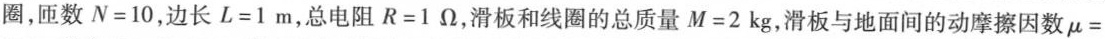
圈，匝数$$N=10$$，边长$$L=1m$$，总电阻$$R=1\Omega $$，滑板和线圈的总质量$$M=2kg$$，滑板与地面间的动摩擦因数\mu=